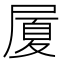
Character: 𭕥